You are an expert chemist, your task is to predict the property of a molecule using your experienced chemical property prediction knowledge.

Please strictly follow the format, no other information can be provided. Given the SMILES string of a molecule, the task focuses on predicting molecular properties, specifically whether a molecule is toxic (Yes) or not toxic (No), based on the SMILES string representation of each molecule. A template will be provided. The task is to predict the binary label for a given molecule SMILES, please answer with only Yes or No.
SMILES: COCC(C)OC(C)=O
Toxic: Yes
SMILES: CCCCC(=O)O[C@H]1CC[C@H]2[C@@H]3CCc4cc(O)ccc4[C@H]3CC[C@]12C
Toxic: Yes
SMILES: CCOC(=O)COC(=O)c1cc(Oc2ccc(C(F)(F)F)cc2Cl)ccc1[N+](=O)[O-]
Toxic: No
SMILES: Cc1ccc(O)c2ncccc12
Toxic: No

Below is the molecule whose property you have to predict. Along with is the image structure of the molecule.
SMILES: Nc1ccc(Cl)cc1
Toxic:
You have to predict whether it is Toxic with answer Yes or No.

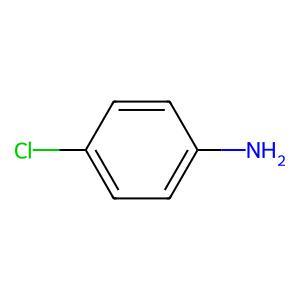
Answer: No